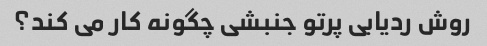
روش ردیابی پرتو جنبشی چگونه کار می کند؟